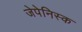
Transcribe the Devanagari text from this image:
जेपेनिस्क